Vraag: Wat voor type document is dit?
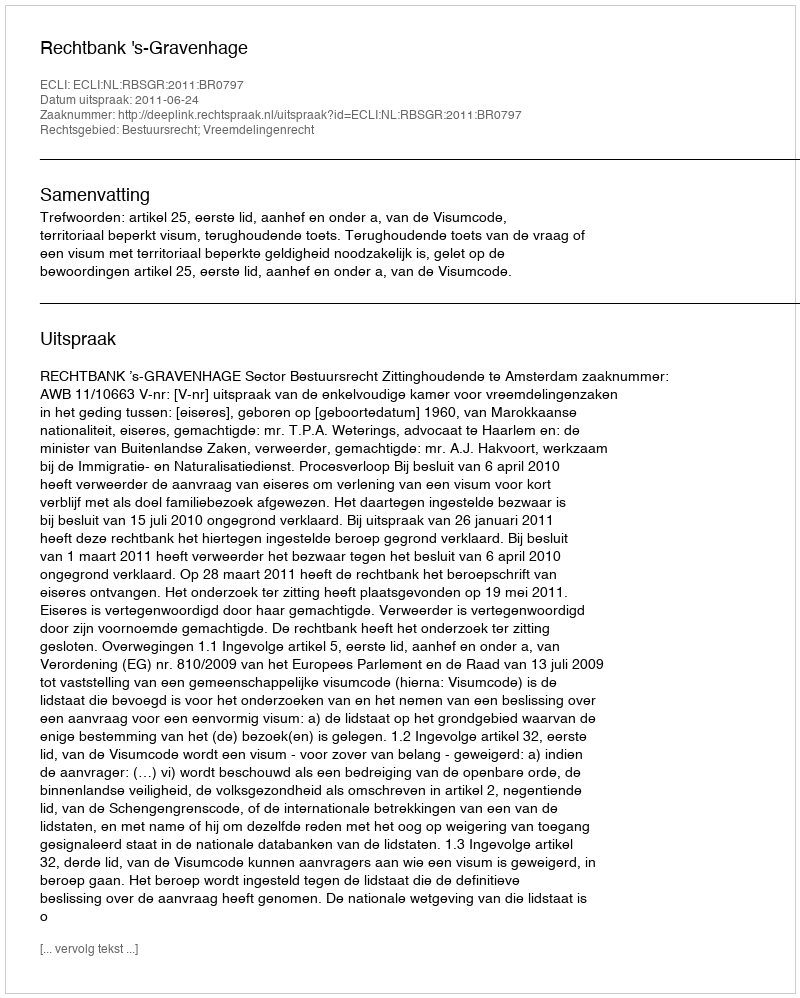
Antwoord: Uitspraak